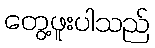
တွေ့ဖူးပါသည်